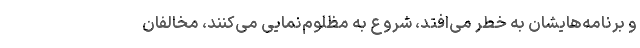
و برنامه‌هایشان به خطر می‌افتد، شروع به مظلوم‌نمایی می‌کنند، مخالفان